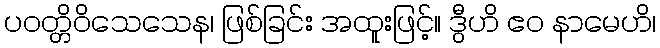
ပဝတ္တိဝိသေသေန၊ ဖြစ်ခြင်း အထူးဖြင့်။ ဒွီဟိ ဧဝ နာမေဟိ၊